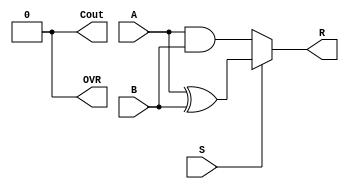
//AND XOR logic unit
module ANDXORarray (
	input [3:0] A, B,
	input S,
	output [3:0] R,
	output OVR, Cout
);
	assign R = S==0 ? A&B : A^B;
	assign OVR = 1'b0;
	assign Cout = 1'b0;
endmodule